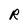
Character: R